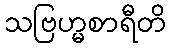
သဗြဟ္မစာရီတိ